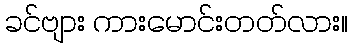
ခင်ဗျား ကားမောင်းတတ်လား။